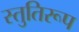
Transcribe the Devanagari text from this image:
स्तुतिरूप